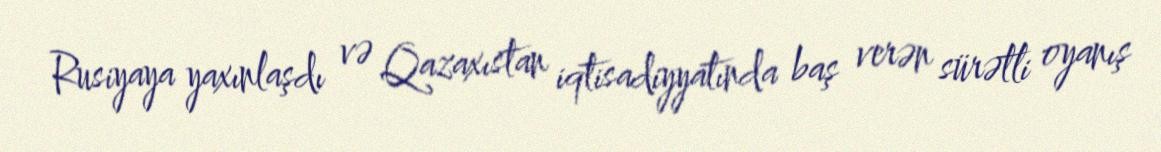
Rusiyaya yaxınlaşdı və Qazaxıstan iqtisadiyyatında baş verən sürətli oyanış